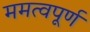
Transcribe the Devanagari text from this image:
ममत्वपूर्ण